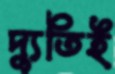
দ্যুতিই